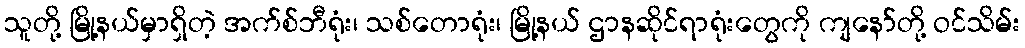
သူတို့ မြို့နယ်မှာရှိတဲ့ အက်စ်ဘီရုံး၊ သစ်တောရုံး၊ မြို့နယ် ဌာနဆိုင်ရာရုံးတွေကို ကျနော်တို့ ဝင်သိမ်း